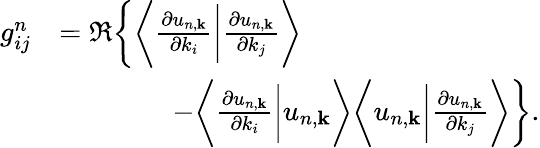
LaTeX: \begin{array}{rl}{g_{ij}^{n}}&{=\Re\bigg\{ \bigg\langle\frac{\partial u_{n,\mathbf{k}}}{\partial k_{i}}\bigg|\frac{\partial u_{n,\mathbf{k}}}{\partial k_{j}}\bigg\rangle}\\ &{\qquad\qquad-\bigg\langle\frac{\partial u_{n,\mathbf{k}}}{\partial k_{i}}\bigg|u_{n,\mathbf{k}}\bigg\rangle\bigg\langle u_{n,\mathbf{k}}\bigg|\frac{\partial u_{n,\mathbf{k}}}{\partial k_{j}}\bigg\rangle\bigg\} .}\end{array}